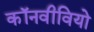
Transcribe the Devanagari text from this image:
कॉनवीवियो